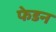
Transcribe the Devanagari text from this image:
फेडन